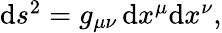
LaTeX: \begin{array}{r}{\mathrm{d}s^{2}=g_{\mu\nu}\, \mathrm{d}x^{\mu}\mathrm{d}x^{\nu},}\end{array}